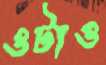
ওটাও